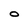
Character: O